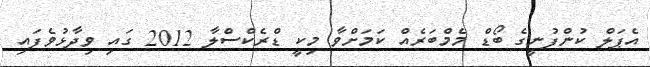
އެޕަލް ކުންފުނީގެ ބޯޑް މެމްބަރެއް ކަމަށްވާ މިކީ ޑްރެކްސްލާ 2012 ގައި ވިދާޅުވެފައި